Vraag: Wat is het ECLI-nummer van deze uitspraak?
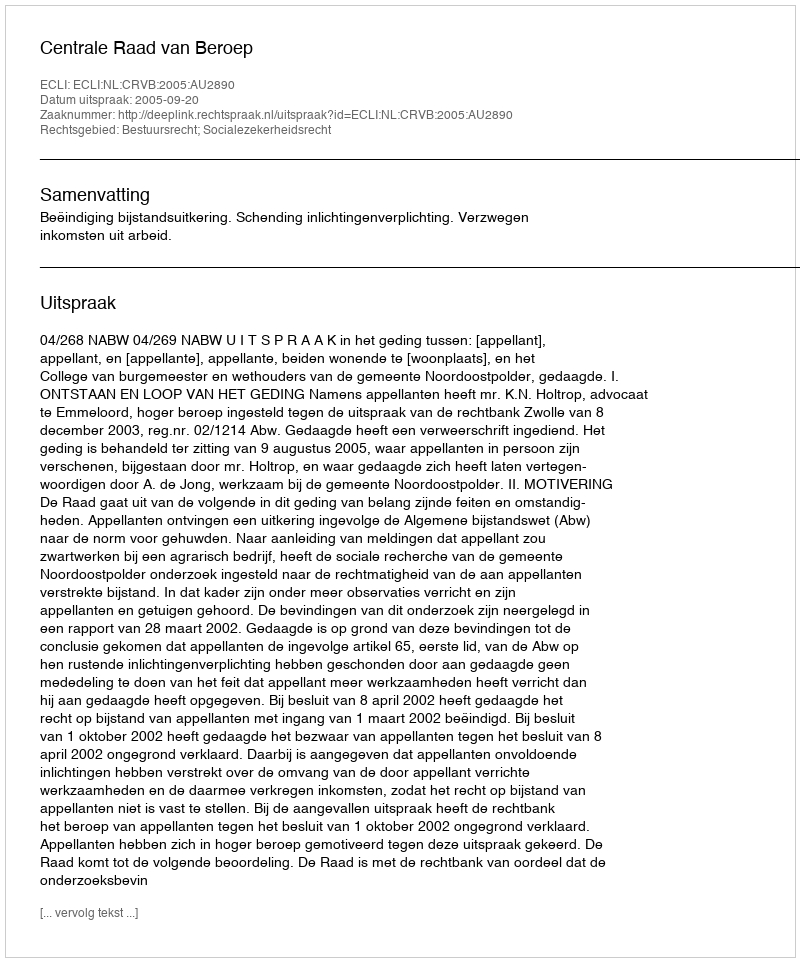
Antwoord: ECLI:NL:CRVB:2005:AU2890